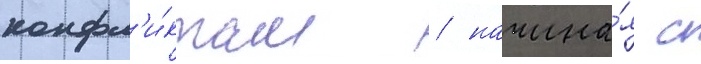
конфл'и́ктам / начина́я с